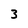
Character: 3